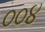
૦૦૪